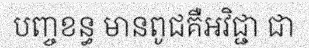
បញ្ចខន្ធ មានពូជគឺអវិជ្ជា ជា